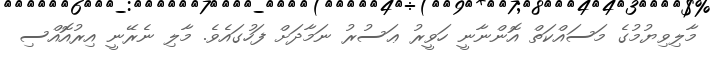
މާލިވިޔުމުގެ މަސައްކަތް އޮންނާނީ ހަވީރު ޢަސުރު ނަމާދަށް ފަހުގައެވެ. މާލި ނެރޭނީ އިރުއޮއްސި